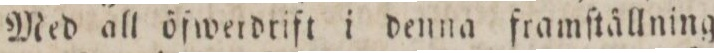
Med all öfwerdrift i denna framſtällning